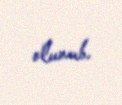
olunub.